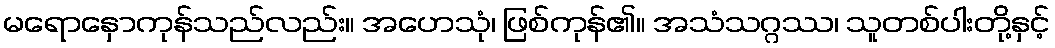
မရောနှောကုန်သည်လည်း။ အဟေသုံ၊ ဖြစ်ကုန်၏။ အသံသဂ္ဂဿ၊ သူတစ်ပါးတို့နှင့်